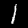
Label: 1